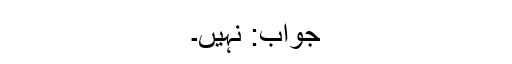
جواب: نہیں۔